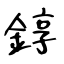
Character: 錞